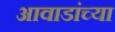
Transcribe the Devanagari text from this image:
आवाडांच्या